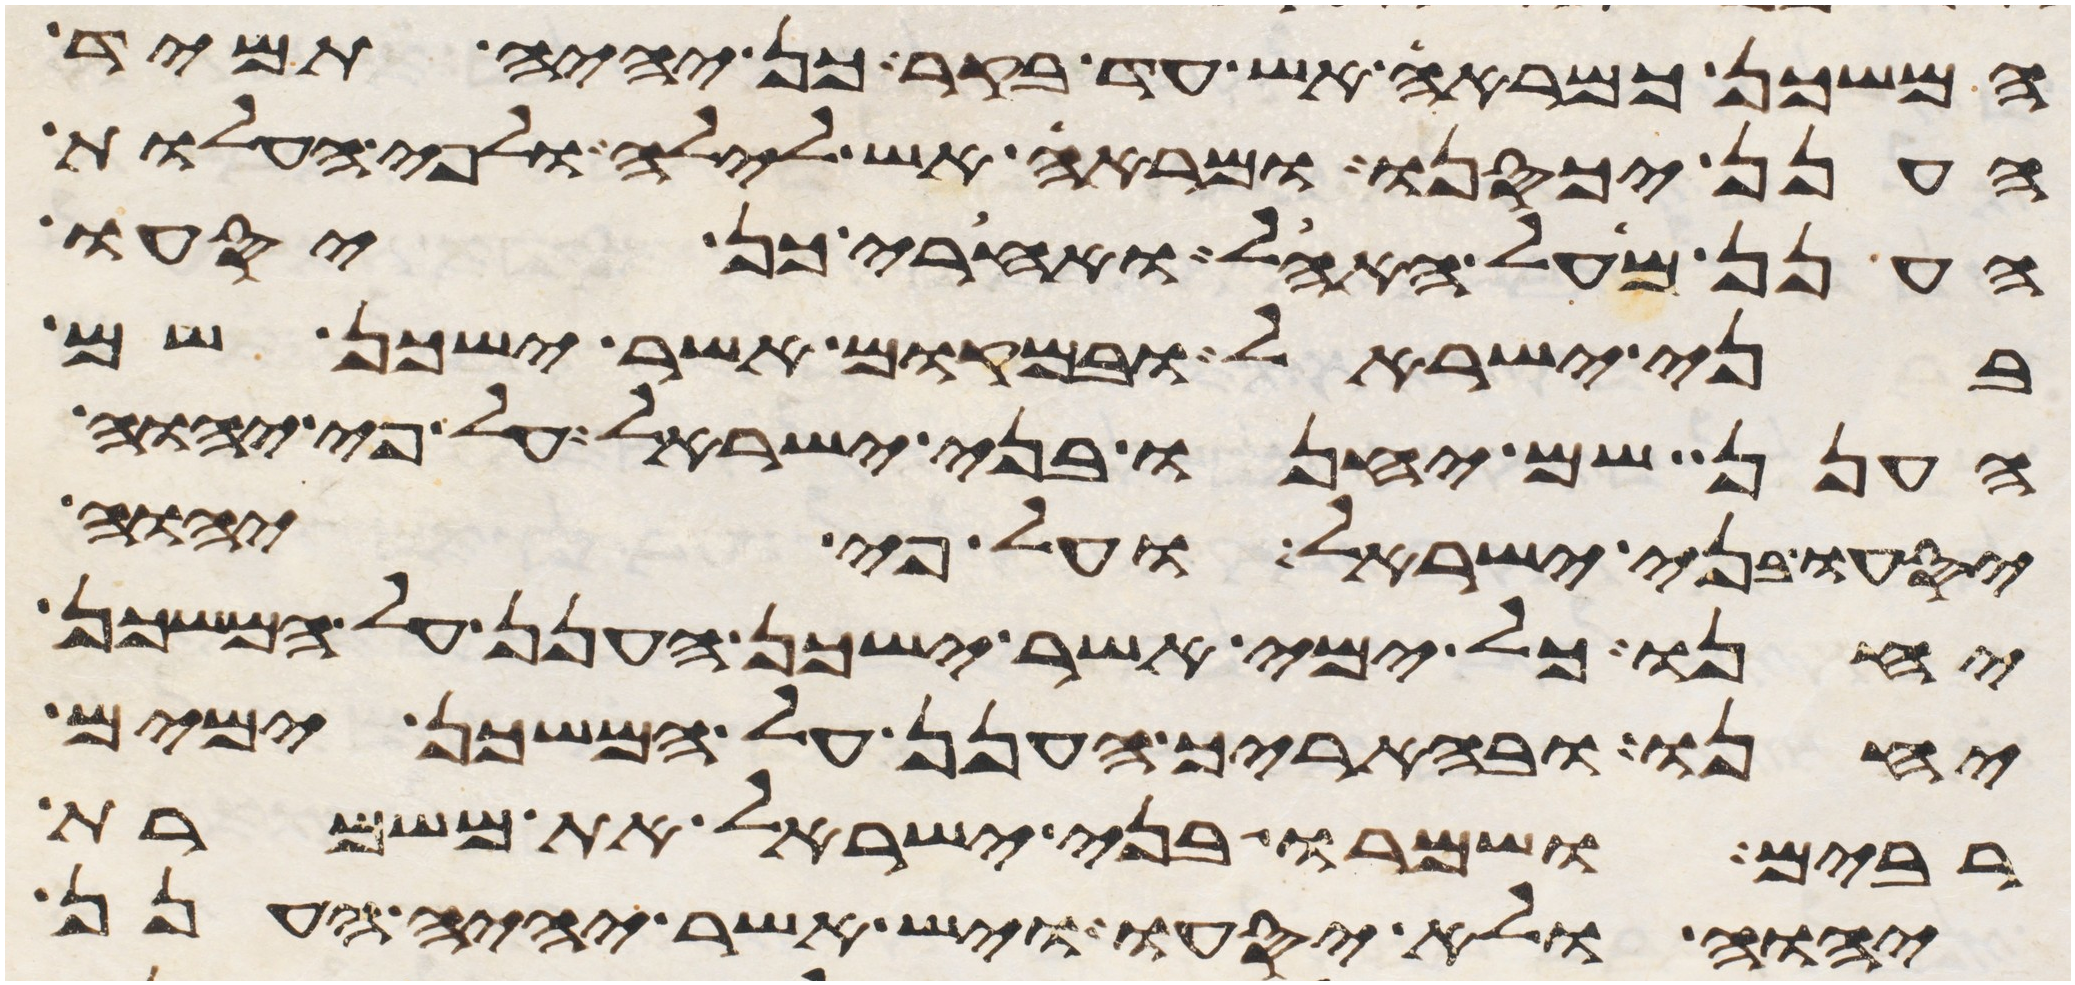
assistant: המשכן כמראה אש עד בקר כן יהיה תמיד
הענן יכסנו ומראה אש לילה ולפי העלות
הענן מעל האהל ואחרי כן יסעו
בני ישראל ובמקום אשר ישכן שם
הענן שם יחנו בני ישראל על פי יהוה
יסעו בני ישראל ועל פי יהוה
יחנו כל ימי אשר ישכן הענן על המשכן
יחנו ובהאריך הענן על המשכן ימים
רבים ושמרו בני ישראל את משמרת
יהוה ולא יסעו ויש אשר יהיה הענן